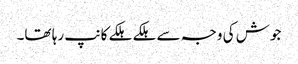
جوش کی وجہ سے ہلکے ہلکے کانپ رہا تھا۔